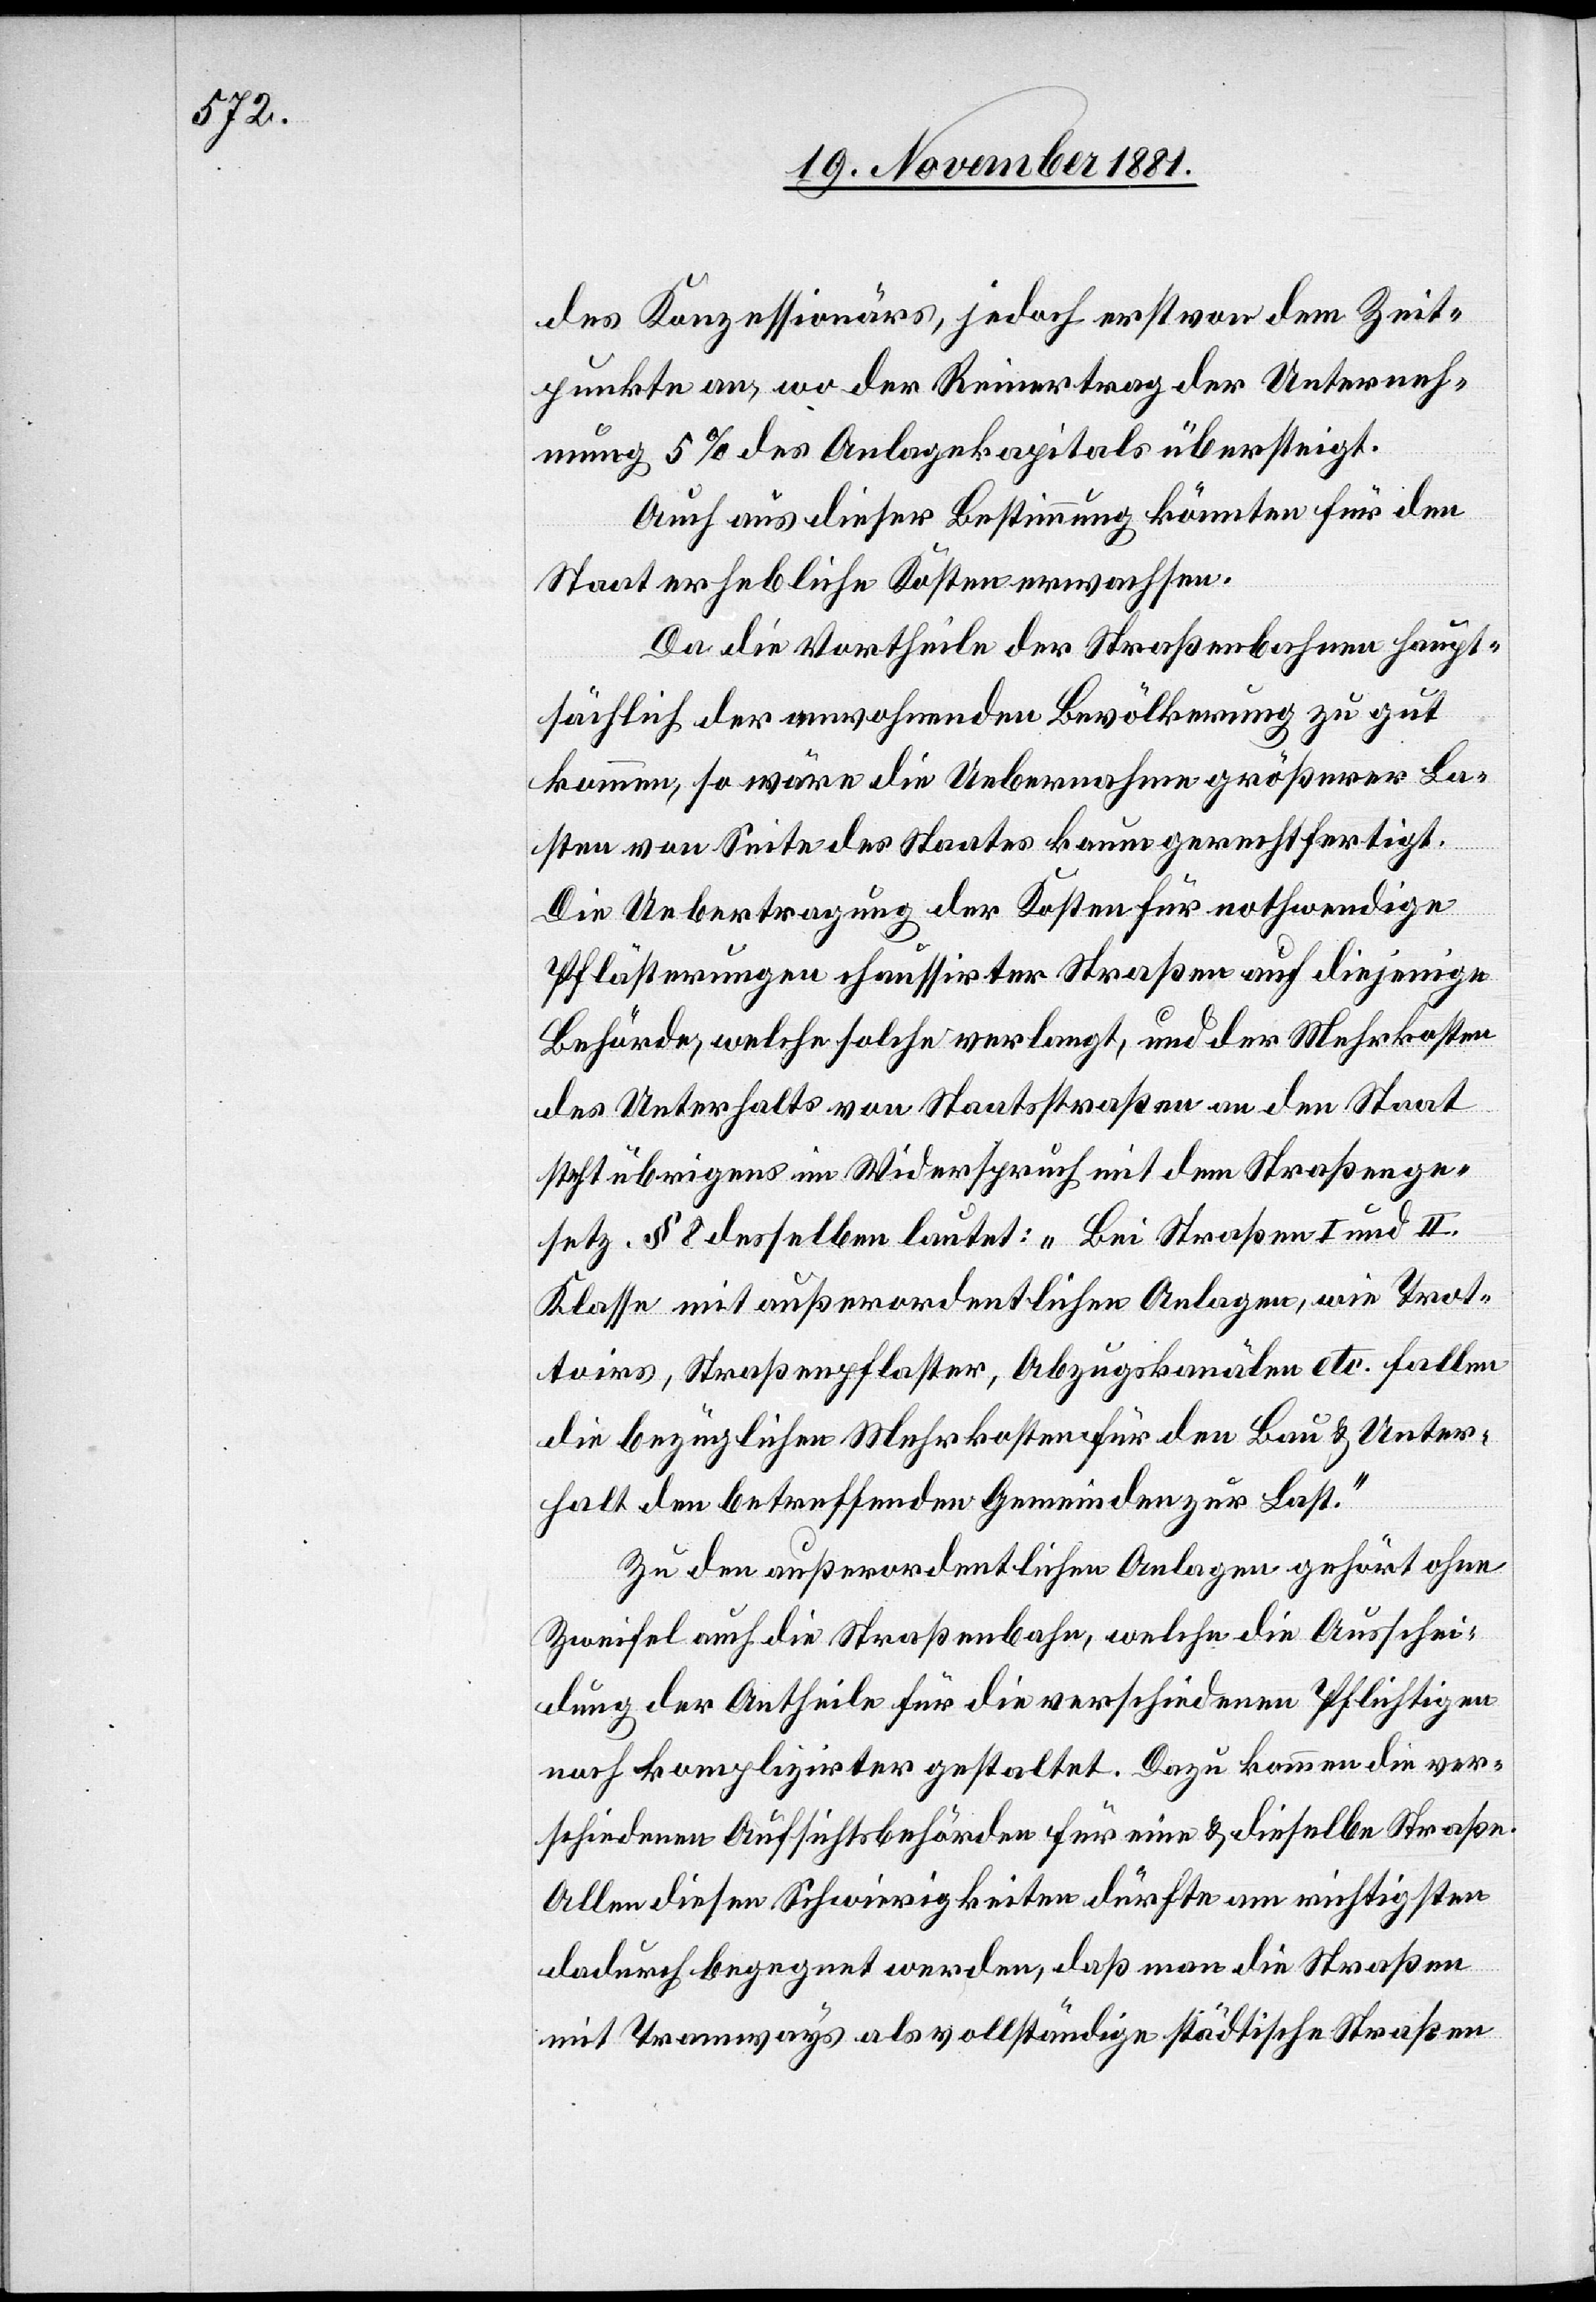
des Konzessionärs, jedoch erst von dem Zeit¬
punkte an, wo der Reinertrag der Unterneh¬
mung 5% des Anlagekapitals übersteigt.
Auch aus dieser Bestimmung könnten für den
Staat erhebliche Kosten erwachsen.
Da die Vortheile der Straßenbahnen haupt¬
sächlich der umwohnenden Bevölkerung zu gut
kommen, so wäre die Uebernahme größerer La¬
sten von Seite des Staates kaum gerechtfertigt.
Die Uebertragung der Kosten für nothwendige
Pflästerungen chauffirter Straßen auf diejenige
Behörde, welche solche verlangt, und der Mehrkosten
des Unterhaltes von Staatsstraßen an den Staat
steht übrigens im Widerspruch mit dem Straßenge¬
setz. § 8 desselben lautet: „Bei Straßen I und II.
Klasse mit außerordentlichen Anlagen, wie Trot¬
toirs, Straßenpflaster, Abzugskanälen etc. fallen
die bezügliche Mehrkosten für den Bau & Unter¬
halt den betreffenden Gemeinden zur Last.“
Zu den außerordentlichen Anlagen gehört ohne
Zweifel auch die Straßenbahn, welche die Ausschei¬
dung der Antheile für die verschiedenen Pflichtigen
noch komplizirter gestaltet. Dazu kommen die ver¬
schiedenen Aufsichtsbehörden für eine & dieselbe Straße.
Allen diesen Schwierigkeiten dürfte am richtigsten
dadurch begegnet werden, daß man die Straßenbahn
mit Tramways als vollständige städtische Straßen